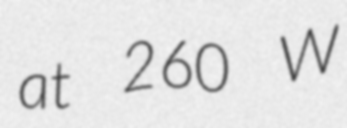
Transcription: at 260 W